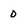
Character: 0